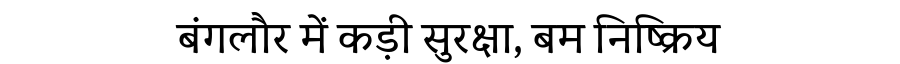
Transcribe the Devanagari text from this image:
बंगलौर में कड़ी सुरक्षा, बम निष्क्रिय